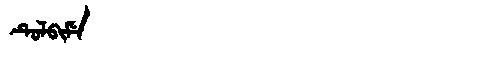
Manchu: ᡨᡠᠯᠪᡳᠮᡝ
Romanization: TULBIME